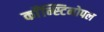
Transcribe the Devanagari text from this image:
काँन्स्टिनोपल